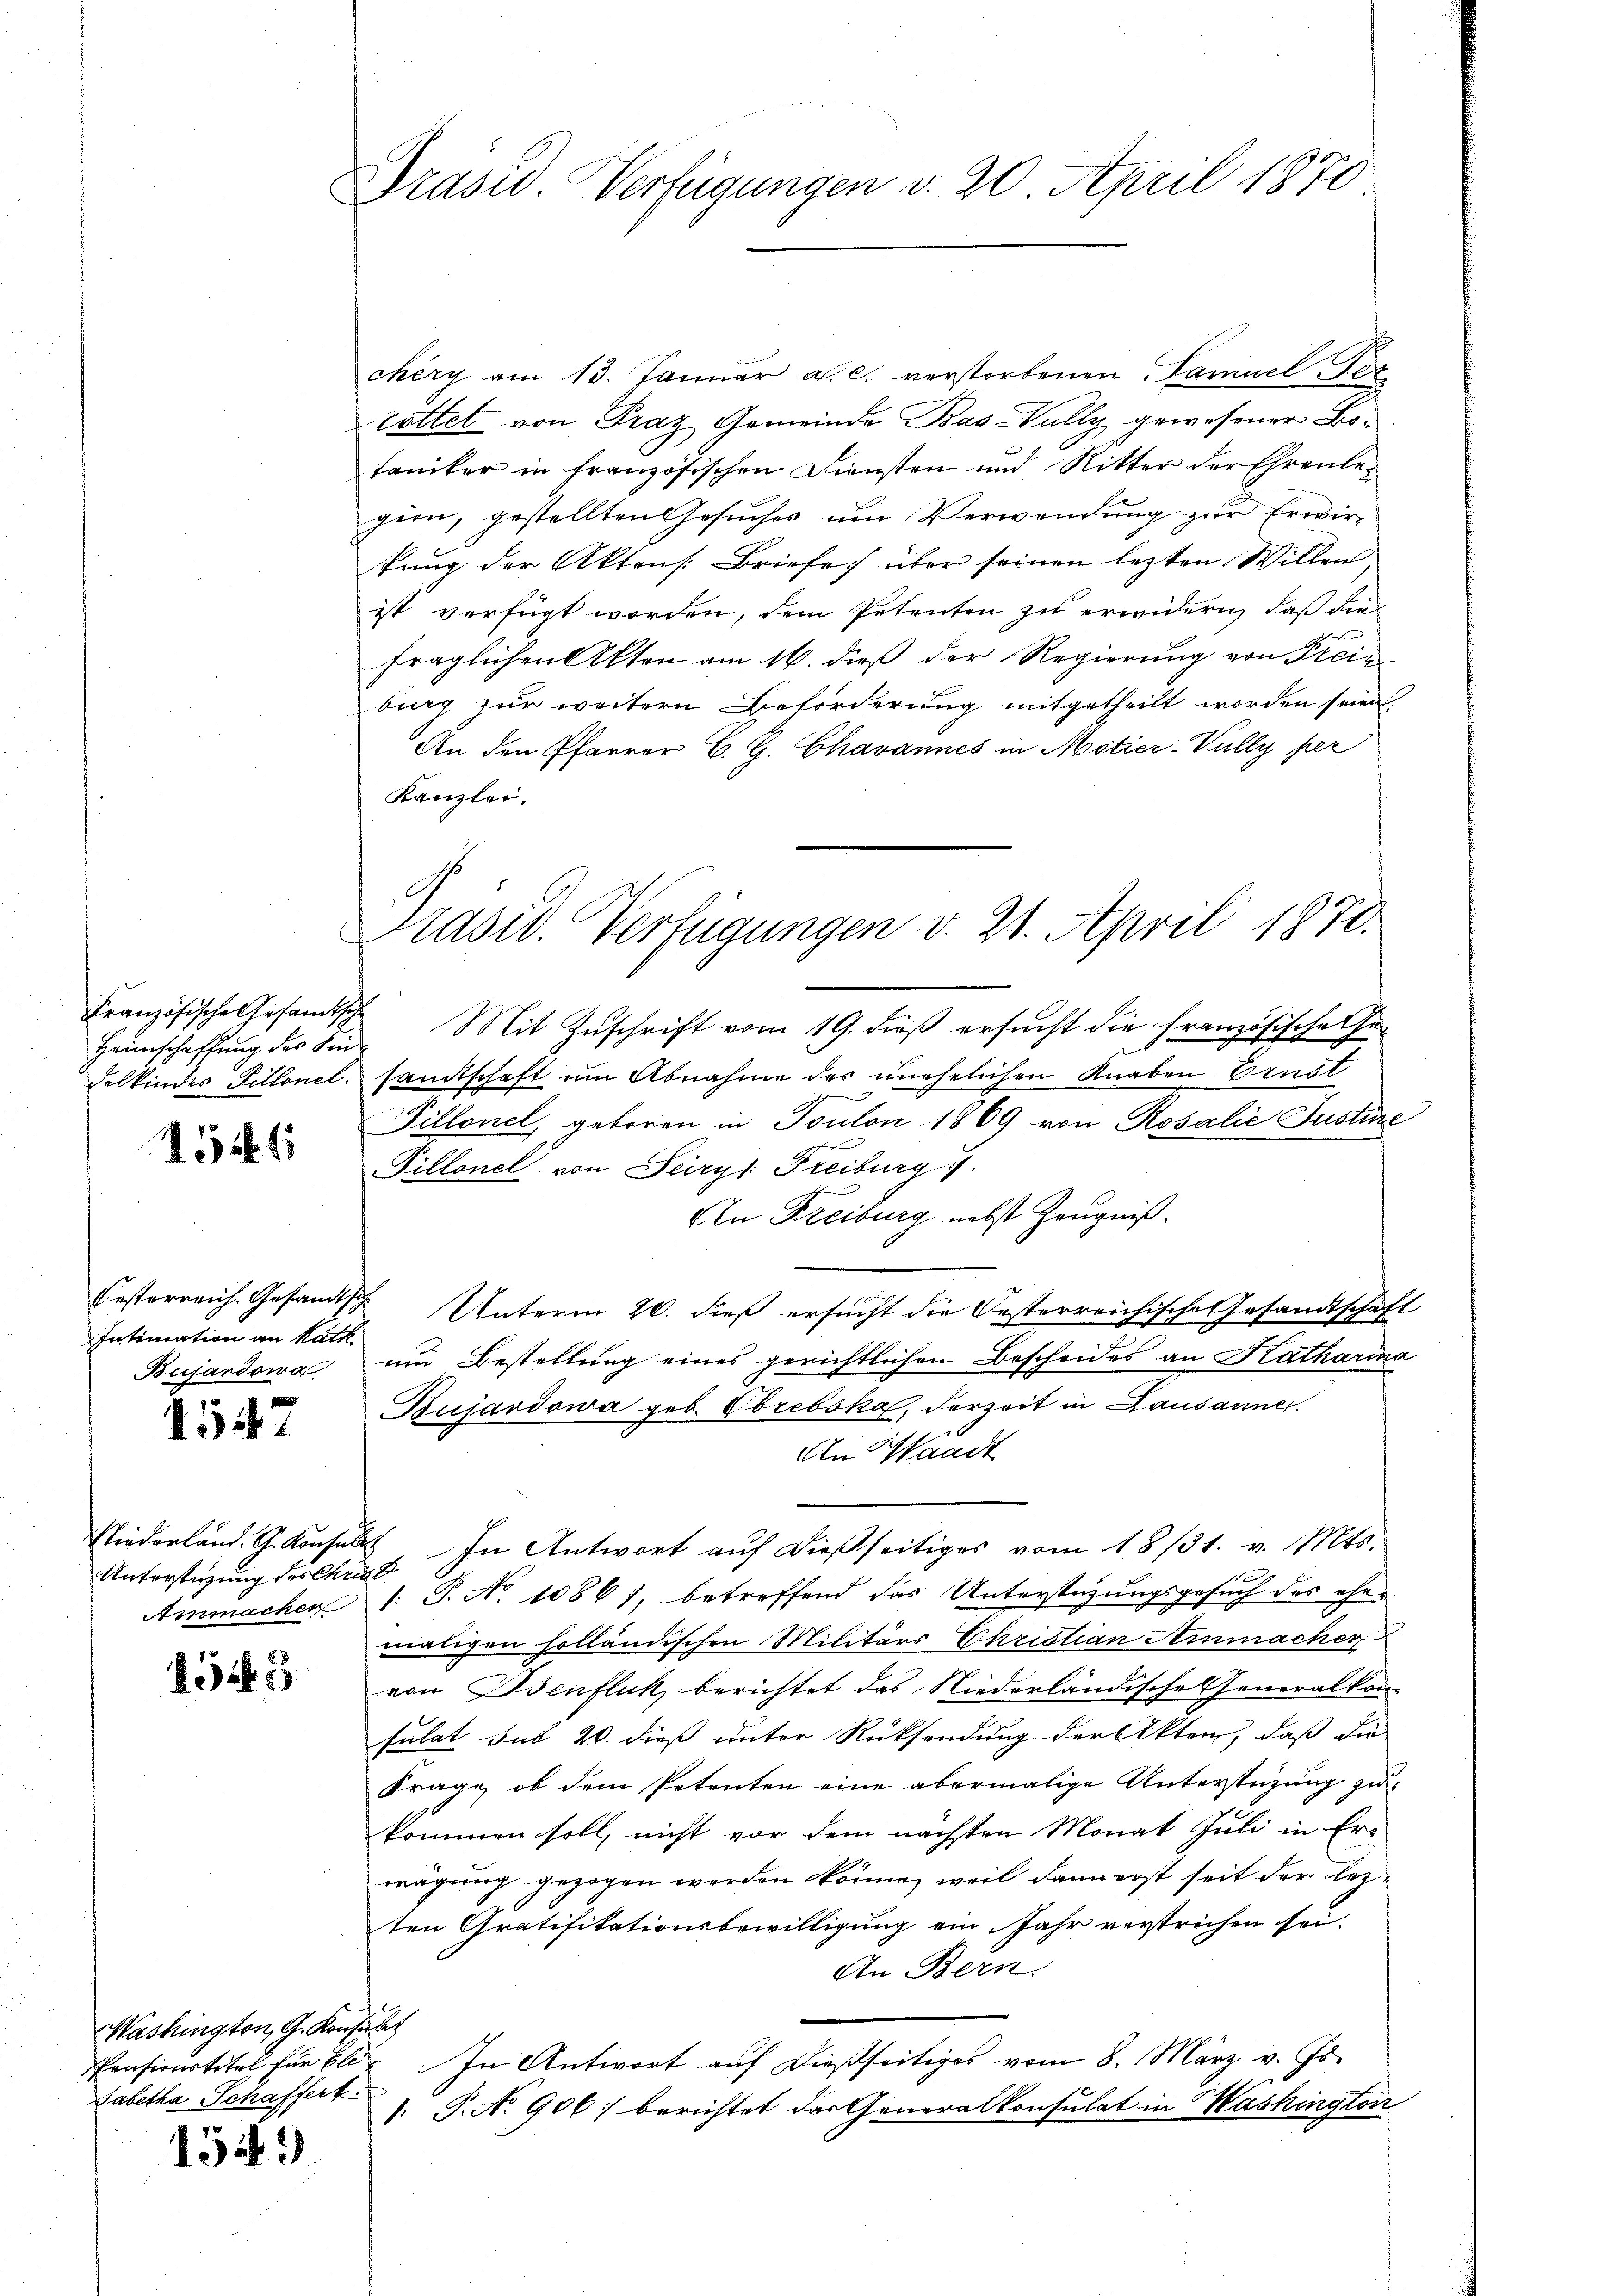
Heimschaffung des Fin

546

Intimation an Kath
Bujardowa

.
154

Unterstüzung des Chri

1545

Mashington, G. Konsulat
Babetha Schaffert

1549

Präsid. Verfügungen v. 20. April 1870

chèry am 13. Janŭar a. c. verstorbenen Samuel Bez
tottet von Frag Gemeinde Bas-Vally gewesener Botaniker in französischen Diensten und Ritter der Ehrenlegion, gestellten Gesuches um Verwendung zur Erwirkung der Aktens. Briefe über seinen lezten Willen,
ist verfügt worden, dem Petenten zu erwidern, daß die
fraglichen Akten am 16. dieß der Regierung von Freie
burg zur weitern Beförderung mitgetheilt worden seien
An den Pfarrer C. G. Chavannes in Motier-Vully per
Kanzlei.
Französische Gesandtsche Mit Zuschrift vom 19. dieß ersucht die französische Gedelkindes Fillonel, samtschaft um Abnahme des unehelichen Knaben Ernst
Pilloniel, geboren in Toulon 1869 von Rosalie Justine
Pillonel von Seirys: Freiburg
An Freiburg nebst Zeugniß.
Oesterreich. Gesandtsch. Unterm 20. dieß ersucht die Oesterreichische Gesandtschaft
um Bestellung eines gerichtlichen Bescheides an Katharina
Bujardowa geb. Obrebska, derzeit in Lausannes.
An Waadt
Niederland. G. Konsuls. In Antwort auf dießseitiges vom 18/31. v. Mts.
Ammachen 1: P. No 10861, betreffend das Unterstüzungsgesuch des eher
maligen holländischen Militärs Christian Ammacher
von Osenfluk berichtet das Niederländisches Generalkom¬
Fulat sub 20. dieß unter Rücksendung der Akten, daß die
Frage ob dem Petenten eine abermalige Unterstüzung zukommen soll, nicht vor dem nächsten Monat Juli in Erwägung gezogen werden könne, weil dann erst seit der lezten Gratifikationsbewilligung ein Jahr verstrichen sei.
An Bern.
Pensionstitel für Eli. In Antwort auf dießseitiges vom 8. März v. Js.
: P. N. 906) berichtet das Generalkonsulat in Washington

Präsid. Verfügungen v. 21. April 1870.